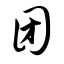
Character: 团